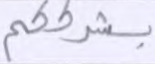
بشرككم